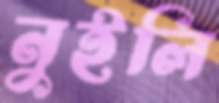
নুইলি